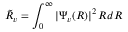
\tilde { R } _ { v } = \int _ { 0 } ^ { \infty } | \Psi _ { v } ( R ) | ^ { 2 } \, R d R